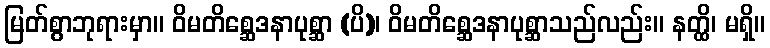
မြတ်စွာဘုရားမှာ။ ဝိမတိစ္ဆေဒနာပုစ္ဆာ (ပိ)၊ ဝိမတိစ္ဆေဒနာပုစ္ဆာသည်လည်း။ နတ္ထိ၊ မရှိ။